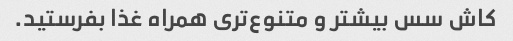
کاش سس بیشتر و متنوع‌تری همراه غذا بفرستید.